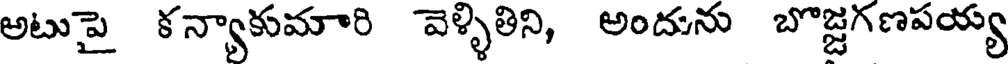
అటుపై కన్యాకుమారి వెళ్ళితిని, అందును బొజ్జగణపయ్య